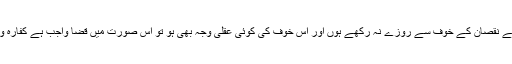
لیکن اگر اس نے نقصان کے خوف سے روزے نہ رکھے ہوں اور اس خوف کی کوئی عقلی وجہ بھی ہو تو اس صورت میں قضا واجب ہے کفارہ واجب نہیں ہے۔